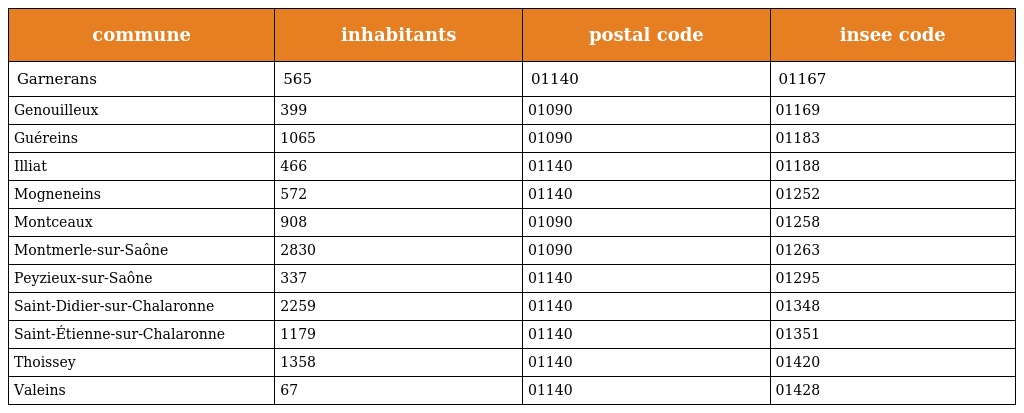
| commune | inhabitants | postal code | insee code |
 | --- | --- | --- | --- |
 | Garnerans | 565 | 01140 | 01167 |
 | Genouilleux | 399 | 01090 | 01169 |
 | Guéreins | 1065 | 01090 | 01183 |
 | Illiat | 466 | 01140 | 01188 |
 | Mogneneins | 572 | 01140 | 01252 |
 | Montceaux | 908 | 01090 | 01258 |
 | Montmerle-sur-Saône | 2830 | 01090 | 01263 |
 | Peyzieux-sur-Saône | 337 | 01140 | 01295 |
 | Saint-Didier-sur-Chalaronne | 2259 | 01140 | 01348 |
 | Saint-Étienne-sur-Chalaronne | 1179 | 01140 | 01351 |
 | Thoissey | 1358 | 01140 | 01420 |
 | Valeins | 67 | 01140 | 01428 |